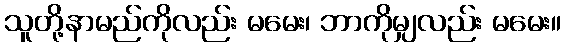
သူတို့နာမည်ကိုလည်း မမေး၊ ဘာကိုမျှလည်း မမေး။